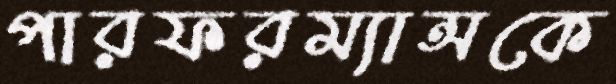
পারফরম্যান্সকে